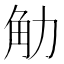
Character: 觔